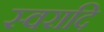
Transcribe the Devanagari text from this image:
स्वरादि